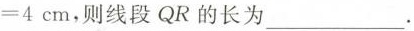
=4cm，则线段QR的长为___.